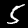
Digit: 5